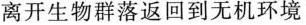
离开生物群落返回到无机环境